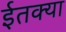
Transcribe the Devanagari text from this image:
ईतक्या